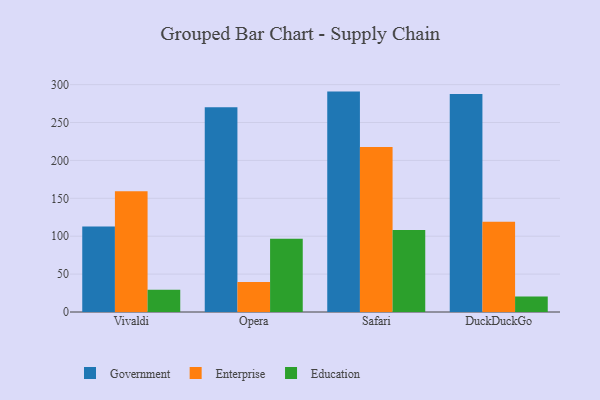
{"axis": {"x": "Browser", "y": "Budget (USD K)"}, "legend": ["Education", "Enterprise", "Government"], "data": [{"x": "Vivaldi", "y": 112.9, "type": "Government"}, {"x": "Vivaldi", "y": 159.4, "type": "Enterprise"}, {"x": "Vivaldi", "y": 29.2, "type": "Education"}, {"x": "Opera", "y": 270.0, "type": "Government"}, {"x": "Opera", "y": 39.5, "type": "Enterprise"}, {"x": "Opera", "y": 96.5, "type": "Education"}, {"x": "Safari", "y": 290.8, "type": "Government"}, {"x": "Safari", "y": 217.6, "type": "Enterprise"}, {"x": "Safari", "y": 108.2, "type": "Education"}, {"x": "DuckDuckGo", "y": 287.6, "type": "Government"}, {"x": "DuckDuckGo", "y": 119.0, "type": "Enterprise"}, {"x": "DuckDuckGo", "y": 20.4, "type": "Education"}]}